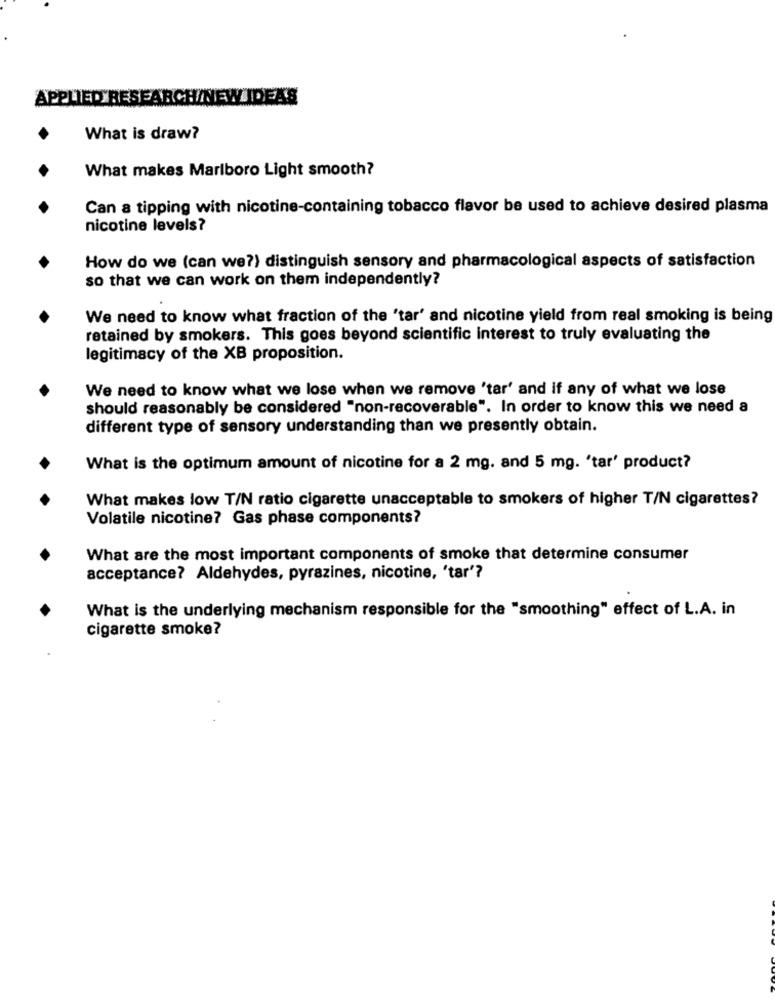
APPLIED RESEARCH/NEW IDEAS
What is draw?
What makes Marlboro Light smooth?
Can a tipping with nicotine-containing tobacco flavor be used to achieve desired plasma
nicotine levels?
How do we (can we?) distinguish sensory and pharmacological aspects of satisfaction
so that we can work on them independently?
We need to know what fraction of the 'tar' and nicotine yield from real smoking is being
retained by smokers. This goes beyond scientific interest to truly evaluating the
legitimacy of the XB proposition.
We need to know what we lose when we remove 'tar' and if any of what we lose
should reasonably be considered "non-recoverable". In order to know this we need a
different type of sensory understanding than we presently obtain.
What is the optimum amount of nicotine for a 2 mg. and 5 mg. 'tar' product?
What makes low T/N ratio cigarette unacceptable to smokers of higher T/N cigarettes?
Volatile nicotine? Gas phase components?
What are the most important components of smoke that determine consumer
acceptance? Aldehydes, pyrazines, nicotine, 'tar'?
What is the underlying mechanism responsible for the "smoothing" effect of L.A. in
cigarette smoke?